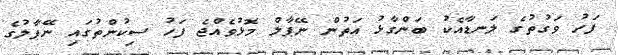
ފަހު ވަގުތުގެ ލަނޑާއެކު ބަންގާޅު އަތުން ނޭޕާލް މޮޅުވެއްޖެ ފަހު ސިކުންތުގައި ނޭޕާލުގެ